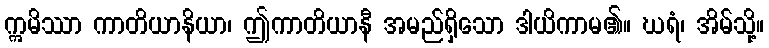
ဣမိဿာ ကာတိယာနိယာ၊ ဤကာတိယာနီ အမည်ရှိသော ဒါယိကာမ၏။ ဃရံ၊ အိမ်သို့။